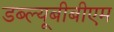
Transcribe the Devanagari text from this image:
डब्ल्यूबीबीएम